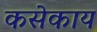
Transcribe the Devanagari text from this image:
कसेकाय